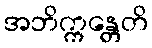
အဘိက္ကန္တေတိ